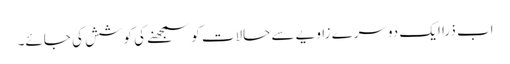
اب ذرا ایک دوسرے زاویے سے حالات کو سمجھنے کی کوشش کی جائے۔